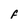
Character: F